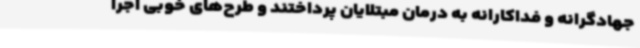
جهادگرانه و فداکارانه به درمان مبتلایان پرداختند و طرح‌های خوبی اجرا